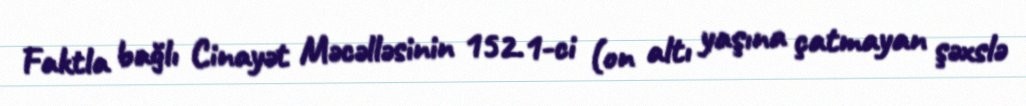
Faktla bağlı Cinayət Məcəlləsinin 152.1-ci (on altı yaşına çatmayan şəxslə